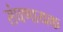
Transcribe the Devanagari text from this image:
संघणायक